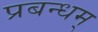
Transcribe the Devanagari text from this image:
प्रबन्धम्